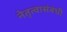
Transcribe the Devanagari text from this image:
नेतृत्वासंबंधी